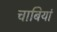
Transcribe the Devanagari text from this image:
चाबियां